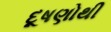
દૂષણોથી